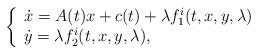
LaTeX: \begin{align*}\left\{\begin{array}{l}\dot x = A(t)x+c(t)+\lambda f_1^i(t,x,y,\lambda)\\\dot y = \lambda f_2^i(t,x,y,\lambda),\end{array}\right.\end{align*}